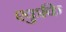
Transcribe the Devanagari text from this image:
एकुकि